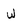
Character: w